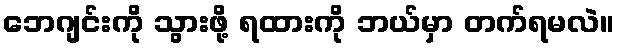
ဘေဂျင်းကို သွားဖို့ ရထားကို ဘယ်မှာ တက်ရမလဲ။